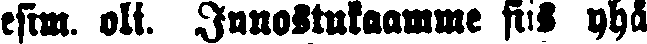
esim. oli. Innostukaamme siis yhä